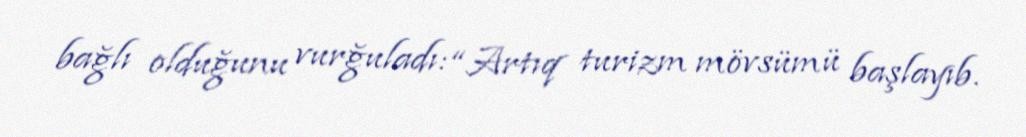
bağlı olduğunu vurğuladı: “Artıq turizm mövsümü başlayıb.